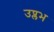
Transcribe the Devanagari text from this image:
उप्लभ